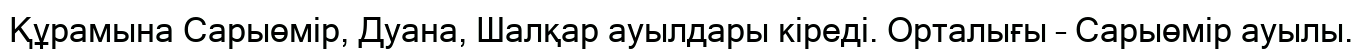
Құрамына Сарыөмір, Дуана, Шалқар ауылдары кіреді. Орталығы – Сарыөмір ауылы.